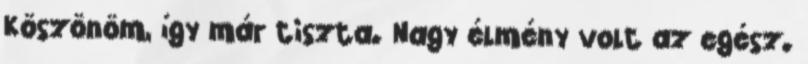
Köszönöm, így már tiszta. Nagy élmény volt az egész.